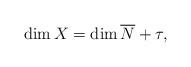
LaTeX: \begin{align*}\dim X=\dim \overline{N}+\tau,\end{align*}